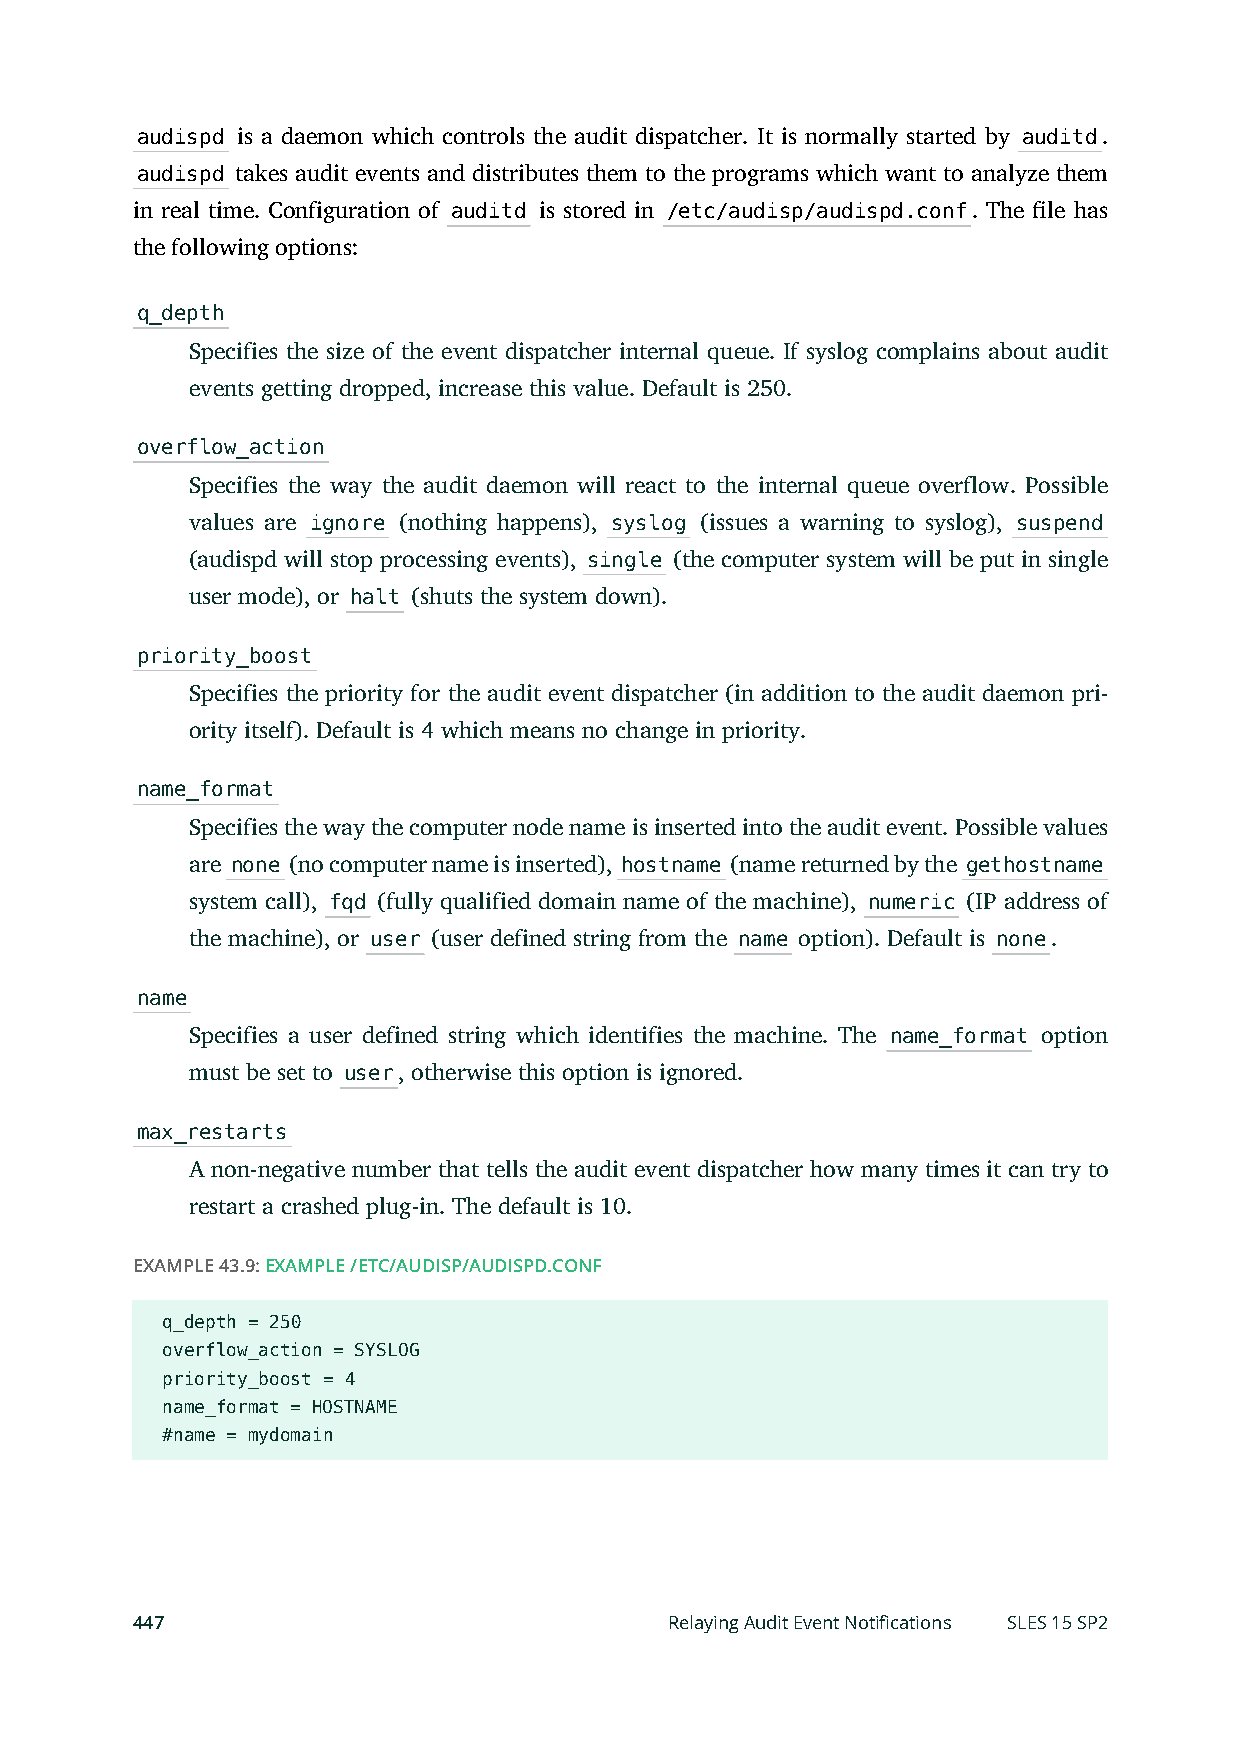
audispd is a daemon which controls the audit dispatcher. It is normally started by auditd.
 audispd takes audit events and distributes them to the programs which want to analyze them
 in real time. Configuration of auditd is stored in /etc/audisp/audispd.conf. The le has
 the following options:
 q_depth
 Specifies the size of the event dispatcher internal queue. If syslog complains about audit
 events getting dropped, increase this value. Default is 250.
 overflow_action
 Specifies the way the audit daemon will react to the internal queue overflow. Possible
 values are ignore (nothing happens), syslog (issues a warning to syslog), suspend
 (audispd will stop processing events), single (the computer system will be put in single
 user mode), or halt (shuts the system down).
 priority_boost
 Specifies the priority for the audit event dispatcher (in addition to the audit daemon pri-
 ority itself). Default is 4 which means no change in priority.
 name_format
 Specifies the way the computer node name is inserted into the audit event. Possible values
 are none (no computer name is inserted), hostname (name returned by the gethostname
 system call), fqd (fully qualified domain name of the machine), numeric (IP address of
 the machine), or user (user defined string from the name option). Default is none.
 name
 Specifies a user defined string which identifies the machine. The name_format option
 must be set to user, otherwise this option is ignored.
 max_restarts
 A non-negative number that tells the audit event dispatcher how many times it can try to
 restart a crashed plug-in. The default is 10.
 EXAMPLE 43.9: EXAMPLE /ETC/AUDISP/AUDISPD.CONF
 q_depth = 250
 overflow_action = SYSLOG
 priority_boost = 4
 name_format = HOSTNAME
 #name = mydomain
 447                                Relaying Audit Event Notifications SLES 15 SP2